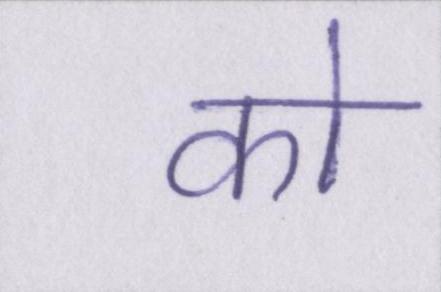
को